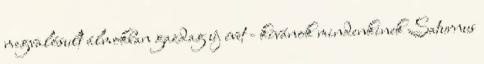
megvalósult álmokban gazdag új évet - kívánok mindenkinek Saturnus